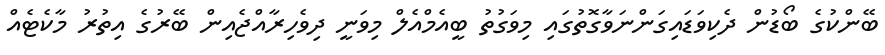
ބޭންކުގެ ބޯޑުން ދެކިވަޑައިގަންނަވާގޮތުގައި މިވަގުތު ބީއެމްއެލް މިވަނީ ދިވެހިރާއްޖެއިން ބޭރުގެ އިތުރު މާކެޓެއް